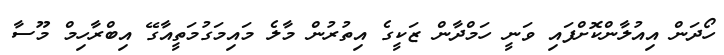
ހޯދަން އިއުލާންކޮށްފައި ވަނީ ހަމްދާން ޒަކީގެ އިތުރުން މާލެ މައިމަގުމަތީއާގޭ އިބްރާހިމް މޫސާ